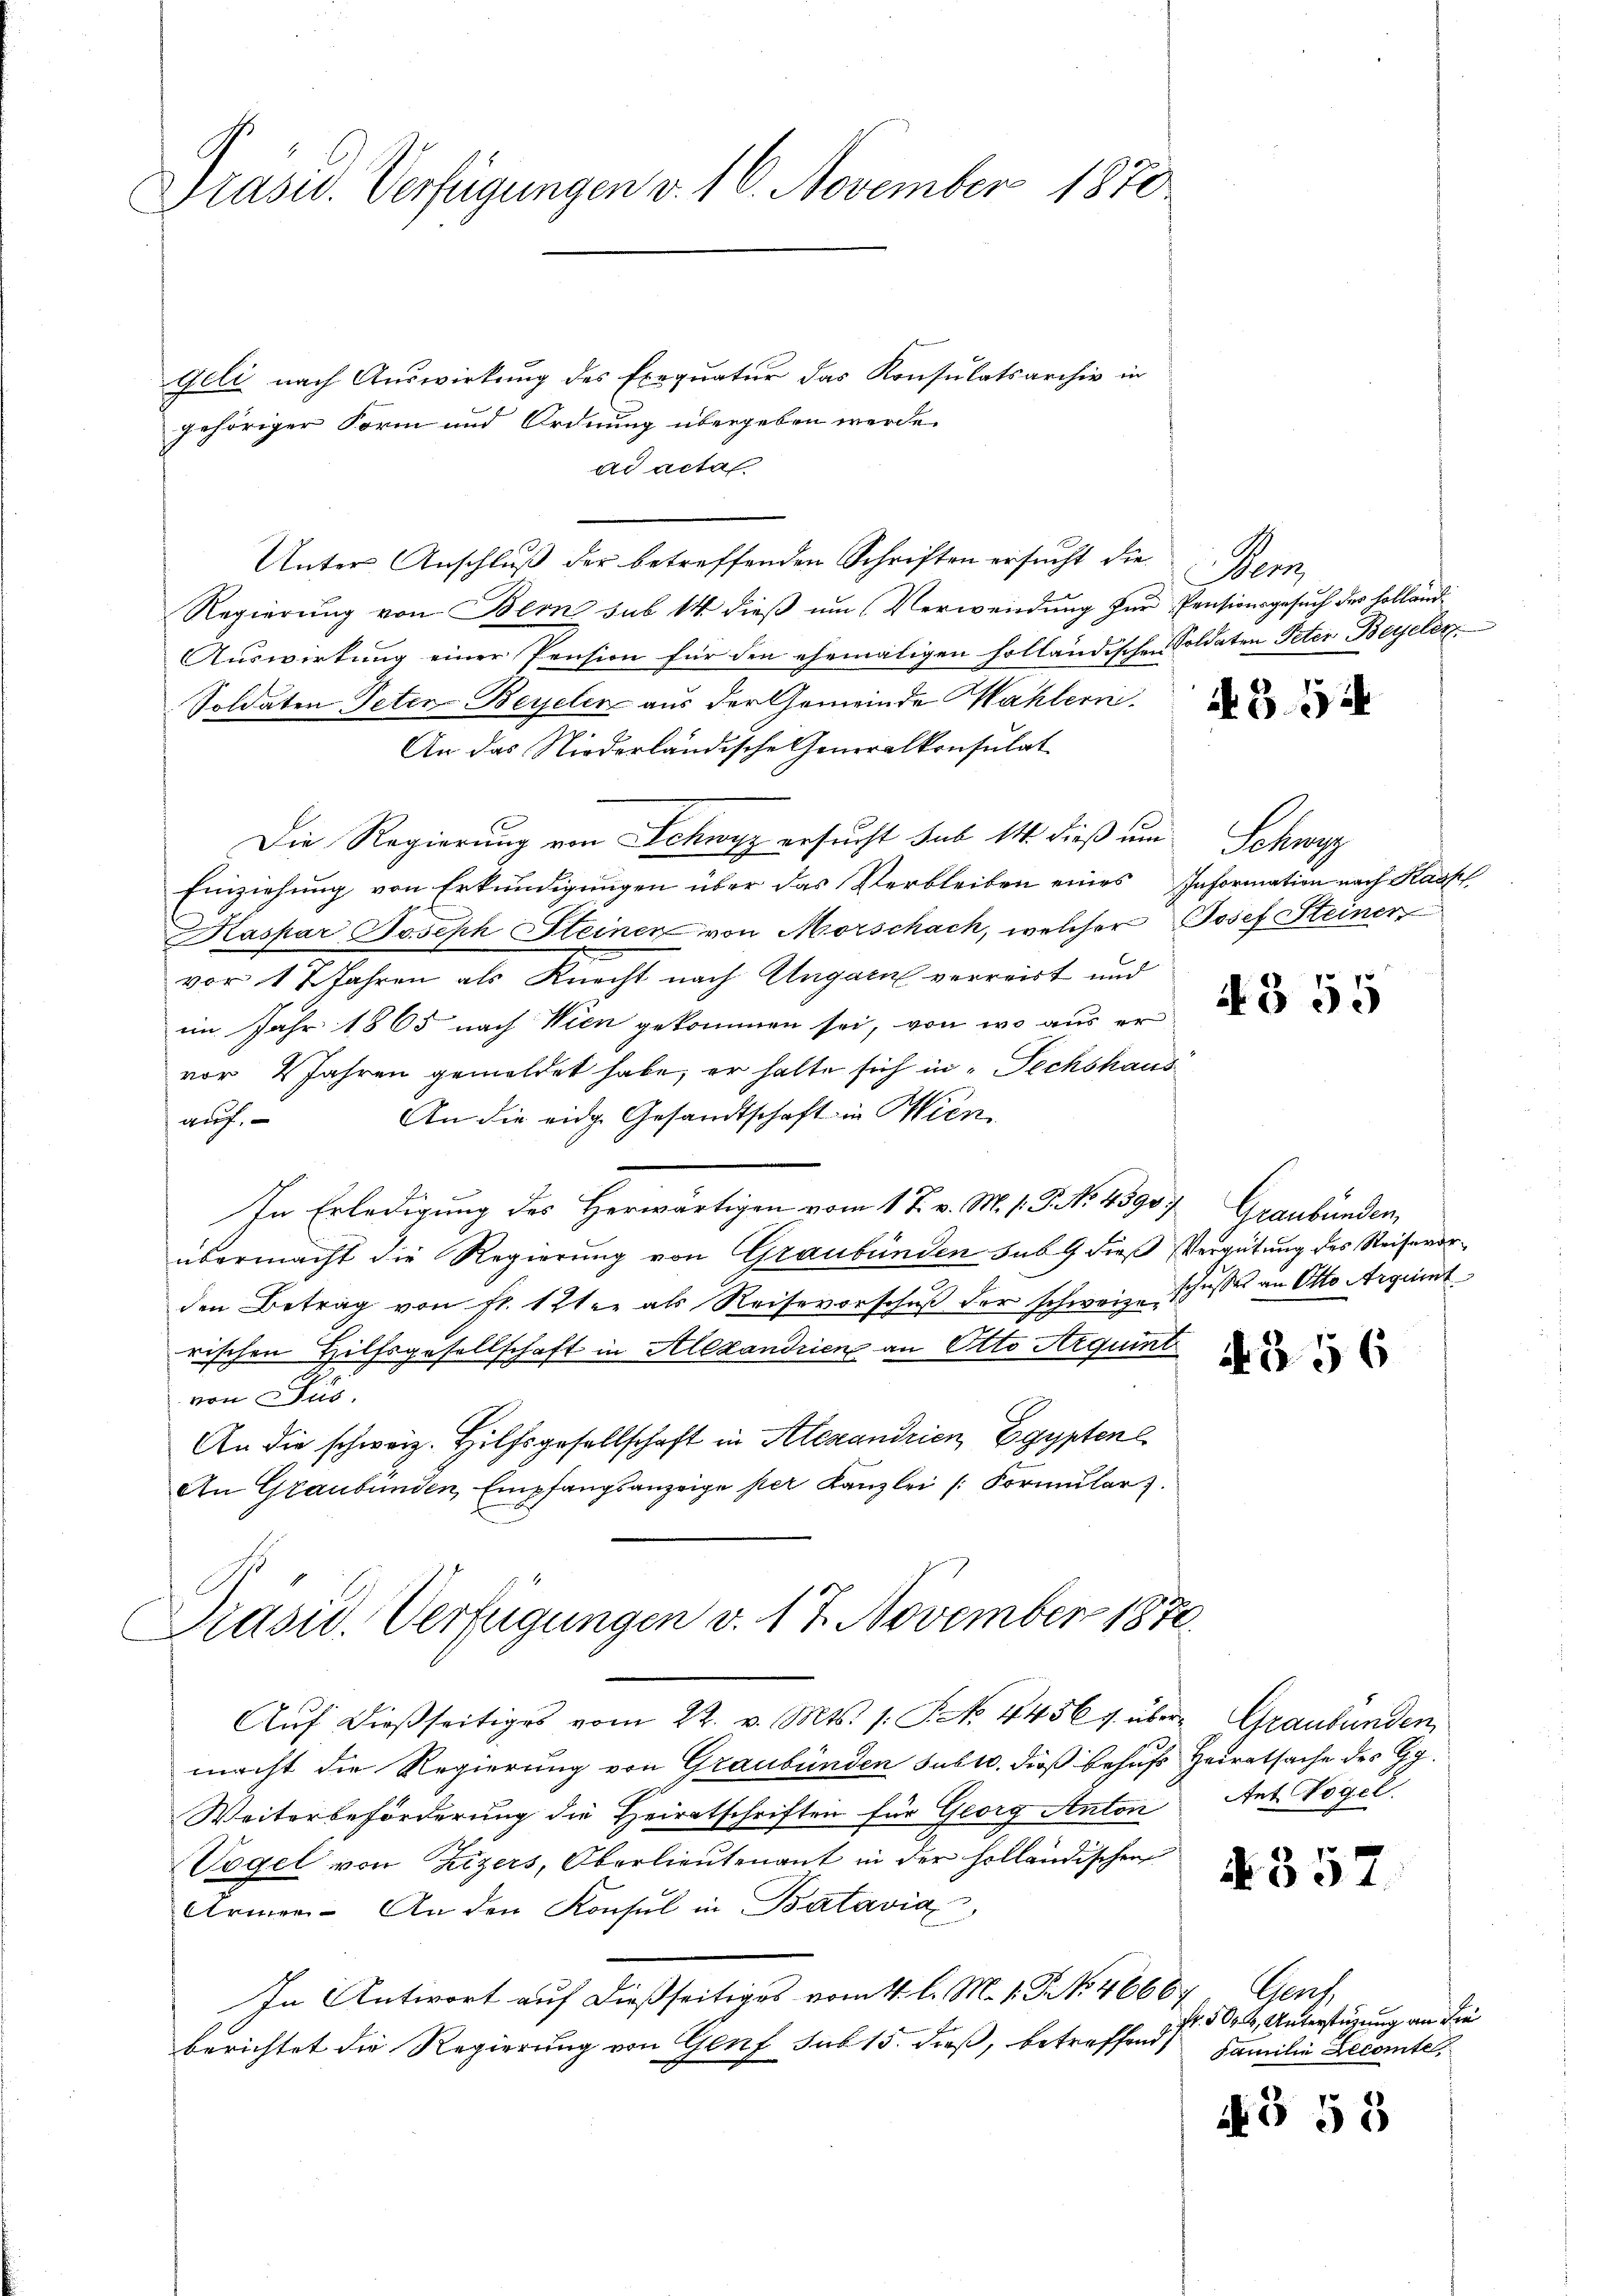
Präsid. Verfügungen v. 16. November 1870

geli nach Auswirkung des Exequatur das Konsulatsarchiv in
gehöriger Form und Ordnung übergeben werde.
ad acta
Unter Anschluß der betreffenden Schriften ersucht die
Regierung von Bern sub 14 dieß um Verwendung zur Pensionsgesuch der hobland¬
Auswirkung einer Pension für den ehemaligen holländischen Soldaten Peter Beyeler.
Soldaten Peten-Beyelen aus der Gemeinde Wahlern.
An das Niederländische Generalkonsulat
Die Regierung von Schwyz ersucht sub 14 dieß um Schwyz
Einziehung von Erkundigungen über das Verbleiben eines Information nach Kauf
Kaspar Joseph Steinen von Morschach, welcher Josef Steiner
vor 12 Jahren als Knecht nach Ungarn verreist und
im Jahr 1865 nach Wien gekommen sei, von wo aus ervor 2 Jahren gemeldet habe, er halte sich in "Pechshaus
An die eidg. Gesandtschaft in Wien.
auf.
In Erledigung des Herwärtigen vom 17. v. M. 1. P. NNo. 4390. Graubünden,
übermacht die Regierung von Graubünden sub 9 dieß Vergütung des Reiserorden Betrag von fl. 12ten als Reisevorschuß der schweiz. Schusses an Otto Argumt
schen Hilfsgesellschaft in Alexandrien an Otto Arquint
von Jus
An die schweiz. Hilfsgesellschaft in Alexandrien, Egyptenl
An Graubünden Empfangsanzeige per Kanzlei Formŭlar).
Präsid. Verfügungen v. 17. November 1870.
Aŭf dießseitiges vom 22. v. Mts. s. S. No. 4456 u. über Graubünden
macht die Regierung von Graubünden sublo, dieß behufs Heiratsache des Gg.
Weiterbeförderung die Heiratschriften für Georg Anton
Vogel von Zizers, Oberlieutenant in der holländischen
Armen. An den Konsul in Batavia,
In Antwort auf dießseitiges vom 4. l. M. 1. J. N. 46667
berichtet die Regierung von Genf sub 15. dieß, betreffend Familie Decomte,

Pens

A 394

4355

NB 56

Ant Vogel.

§ 357

Pas
Fr. 504, Unterstützung an die

4 § 55